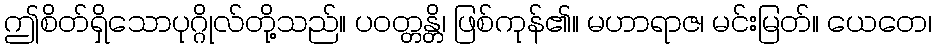
ဤစိတ်ရှိသောပုဂ္ဂိုလ်တို့သည်။ ပဝတ္တန္တိ၊ ဖြစ်ကုန်၏။ မဟာရာဇ၊ မင်းမြတ်။ ယေတေ၊